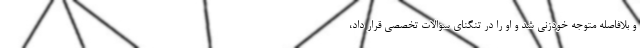
و بلافاصله متوجه خودزنی شد و او را در تنگنای سوالات تخصصی قرار داد،